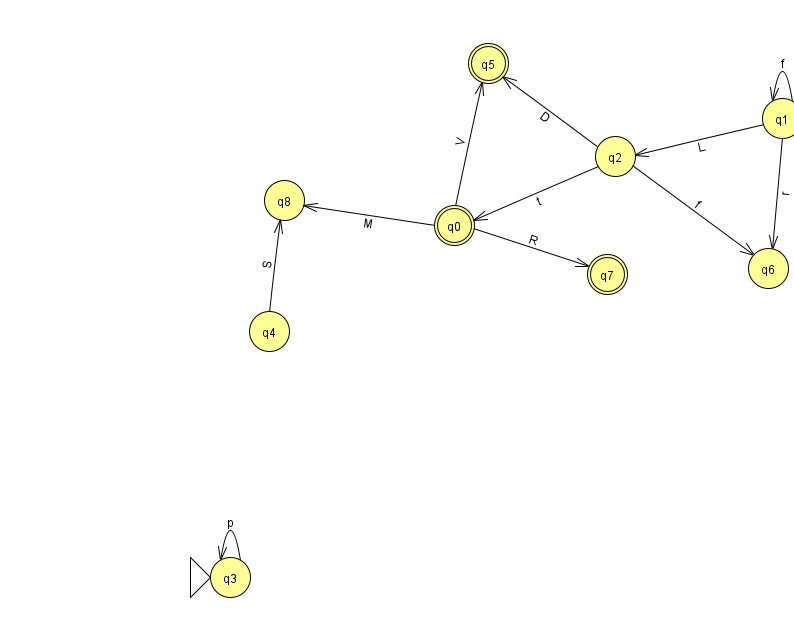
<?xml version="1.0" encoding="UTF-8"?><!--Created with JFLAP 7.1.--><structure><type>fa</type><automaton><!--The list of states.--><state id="0" name="q0"><x>454.0</x><y>212.0</y><final/></state><state id="1" name="q1"><x>782.0</x><y>105.0</y></state><state id="2" name="q2"><x>615.0</x><y>143.0</y></state><state id="3" name="q3"><x>230.0</x><y>564.0</y><initial/></state><state id="4" name="q4"><x>269.0</x><y>318.0</y></state><state id="5" name="q5"><x>488.0</x><y>50.0</y><final/></state><state id="6" name="q6"><x>768.0</x><y>255.0</y></state><state id="7" name="q7"><x>607.0</x><y>261.0</y><final/></state><state id="8" name="q8"><x>284.0</x><y>187.0</y></state><!--The list of transitions.--><transition><from>3</from><to>3</to><read>p</read></transition><transition><from>2</from><to>5</to><read>D</read></transition><transition><from>0</from><to>5</to><read>V</read></transition><transition><from>4</from><to>8</to><read>S</read></transition><transition><from>0</from><to>8</to><read>M</read></transition><transition><from>2</from><to>0</to><read>t</read></transition><transition><from>1</from><to>1</to><read>f</read></transition><transition><from>1</from><to>2</to><read>L</read></transition><transition><from>0</from><to>7</to><read>R</read></transition><transition><from>2</from><to>6</to><read>f</read></transition><transition><from>1</from><to>6</to><read>r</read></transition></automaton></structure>